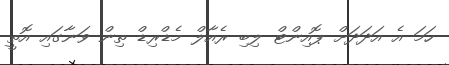
ހަމަ އެ އަދަދަށް ޕޮއިންޓް ލިބި ރެއާލް މެޑްރިޑް ތިން ވަނާގައި އޮތީ